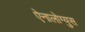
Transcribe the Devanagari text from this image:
ऐनालोग्युस